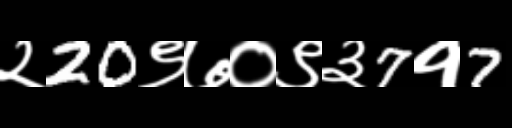
Text: २20९७०९३7१7